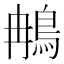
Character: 𬷇